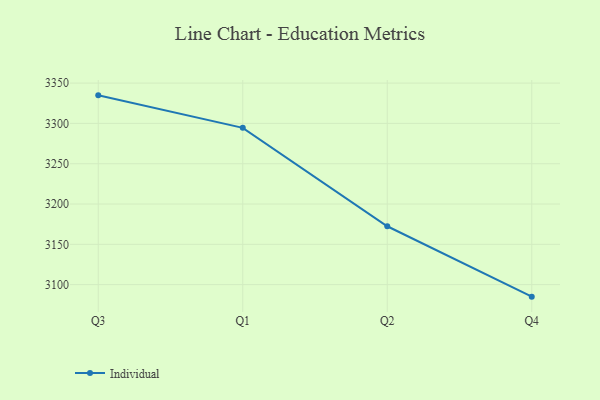
{"axis": {"x": "Quarter", "y": "Website Visitors"}, "legend": ["Individual"], "data": [{"x": "Q3", "y": 3334.8, "type": "Individual"}, {"x": "Q1", "y": 3294.5, "type": "Individual"}, {"x": "Q2", "y": 3172.4, "type": "Individual"}, {"x": "Q4", "y": 3085.1, "type": "Individual"}]}